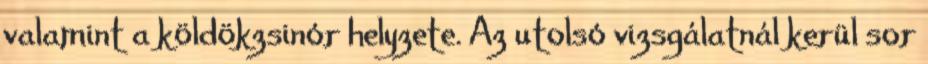
valamint a köldökzsinór helyzete. Az utolsó vizsgálatnál kerül sor